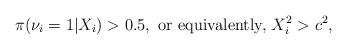
LaTeX: \begin{align*} \pi(\nu_i=1|X_i)> 0.5, \mbox{ or equivalently, } X_i^2 > c^2, \end{align*}